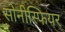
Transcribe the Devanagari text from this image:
सोनीस्फियर